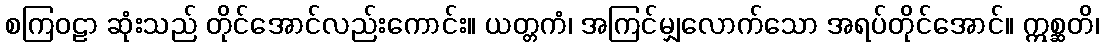
စကြဝဠာ ဆုံးသည် တိုင်အောင်လည်းကောင်း။ ယတ္တကံ၊ အကြင်မျှလောက်သော အရပ်တိုင်အောင်။ ဣစ္ဆတိ၊